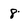
Character: 8